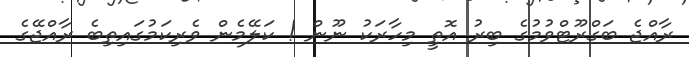
ރާއްޖެ ބަގްރޫޓްވުމުގެ ބިރު އޮތީ މިހާރަކު ނޫން ! ކަލޭމެން ވެރިކަމުގައިތިބެ ރާއްޖޭގެ